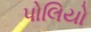
પોલિયો